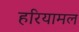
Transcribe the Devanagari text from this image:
हरियामल